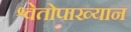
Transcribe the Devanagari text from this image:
श्वेतोपाख्यान